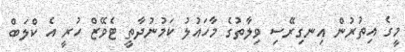
މީގެ އިތުރުން އިނގިރޭސި ވިލާތުގެ މާހައުލު ކަމުނުދާތީ ޓެވޭޒް ހުރީ އެ ކްލަބް